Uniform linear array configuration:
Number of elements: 8
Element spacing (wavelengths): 0.25
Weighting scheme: uniform
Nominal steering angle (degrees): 0
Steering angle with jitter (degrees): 1.118
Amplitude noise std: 0.05
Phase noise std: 0.05

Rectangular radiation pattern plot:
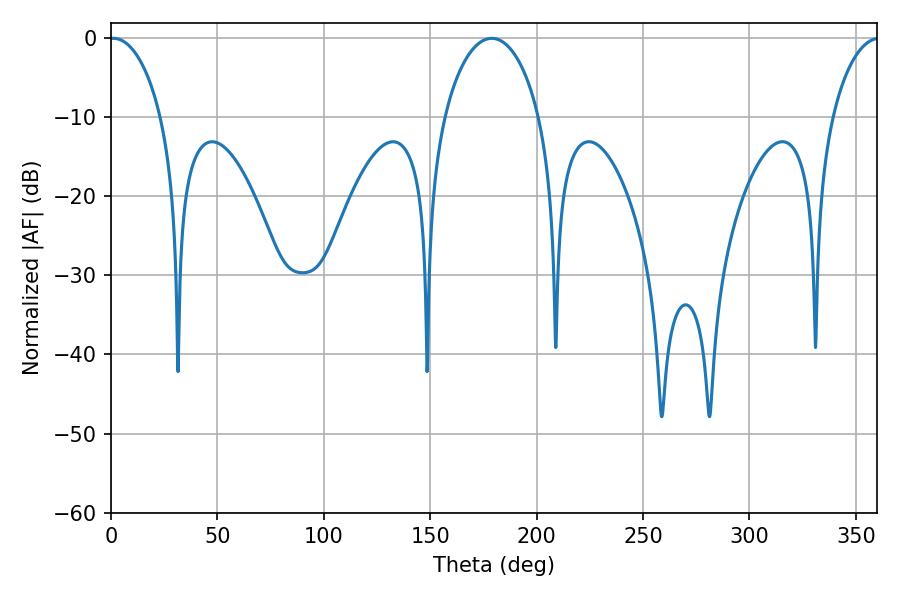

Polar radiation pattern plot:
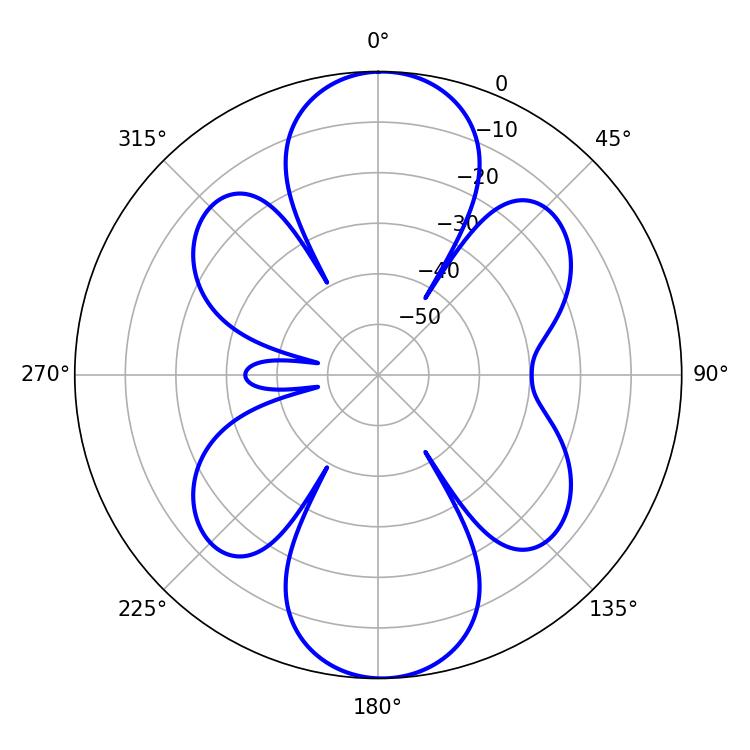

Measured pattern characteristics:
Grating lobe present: FALSE
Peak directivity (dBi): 19.6
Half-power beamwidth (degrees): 14.04
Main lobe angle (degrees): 1.08